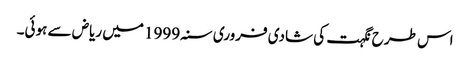
اس طرح نگہت کی شادی فروری سنہ 1999 میں ریاض سے ہوئی۔